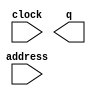
module largetitles (
	address,
	clock,
	q);

	input	[14:0]  address;
	input	  clock;
	output	[0:0]  q;
`ifndef ALTERA_RESERVED_QIS
// synopsys translate_off
`endif
	tri1	  clock;
`ifndef ALTERA_RESERVED_QIS
// synopsys translate_on
`endif

endmodule